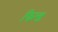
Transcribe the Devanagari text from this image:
फिन्ड